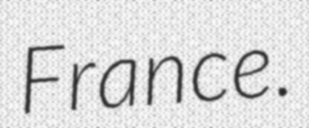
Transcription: France.